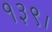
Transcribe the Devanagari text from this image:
१३९।